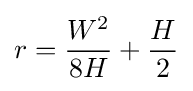
r={\frac {W^{2}}{8H}}+{\frac {H}{2}}